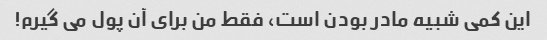
این کمی شبیه مادر بودن است، فقط من برای آن پول می گیرم!